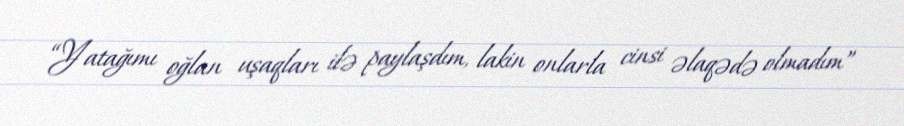
“Yatağımı oğlan uşaqları ilə paylaşdım, lakin onlarla cinsi əlaqədə olmadım”